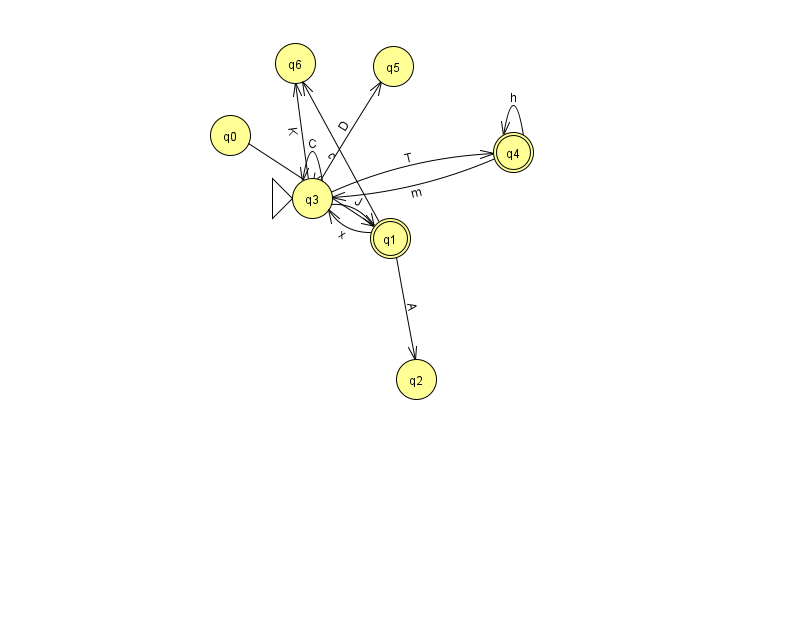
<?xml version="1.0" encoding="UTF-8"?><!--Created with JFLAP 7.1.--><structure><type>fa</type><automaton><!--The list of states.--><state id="0" name="q0"><x>230.0</x><y>122.0</y></state><state id="1" name="q1"><x>390.0</x><y>225.0</y><final/></state><state id="2" name="q2"><x>416.0</x><y>366.0</y></state><state id="3" name="q3"><x>312.0</x><y>185.0</y><initial/></state><state id="4" name="q4"><x>513.0</x><y>139.0</y><final/></state><state id="5" name="q5"><x>393.0</x><y>53.0</y></state><state id="6" name="q6"><x>295.0</x><y>50.0</y></state><!--The list of transitions.--><transition><from>0</from><to>1</to><read>V</read></transition><transition><from>3</from><to>4</to><read>T</read></transition><transition><from>3</from><to>6</to><read>K</read></transition><transition><from>3</from><to>3</to><read>C</read></transition><transition><from>4</from><to>3</to><read>m</read></transition><transition><from>4</from><to>4</to><read>h</read></transition><transition><from>1</from><to>2</to><read>A</read></transition><transition><from>1</from><to>3</to><read>x</read></transition><transition><from>3</from><to>5</to><read>D</read></transition><transition><from>1</from><to>6</to><read>c</read></transition><transition><from>3</from><to>1</to><read>J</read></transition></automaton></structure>